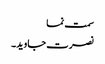
سمت نما
نصرت جاوید۔